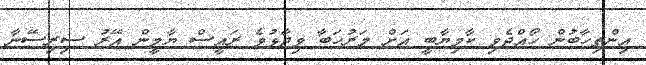
އިންތިހާބުން ހޯއްދެވި ކާމިޔާބީ އަށް މަރުހަބާ ވިދާޅުވެ ރައީސް ޔާމީން އޭރު ސިރިސޭނާ